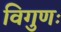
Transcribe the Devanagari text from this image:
विगुणः